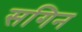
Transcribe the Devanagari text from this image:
सगिन